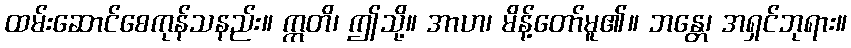
ထမ်းဆောင်စေကုန်သနည်း။ ဣတိ၊ ဤသို့။ အာဟ၊ မိန့်တော်မူ၏။ ဘန္တေ၊ အရှင်ဘုရား။